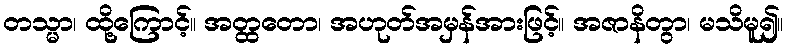
တသ္မာ၊ ထို့ကြောင့်။ အတ္ထတော၊ အဟုတ်အမှန်အားဖြင့်။ အဇာနိတွာ၊ မသိမူ၍။